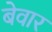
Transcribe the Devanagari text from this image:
बेवार